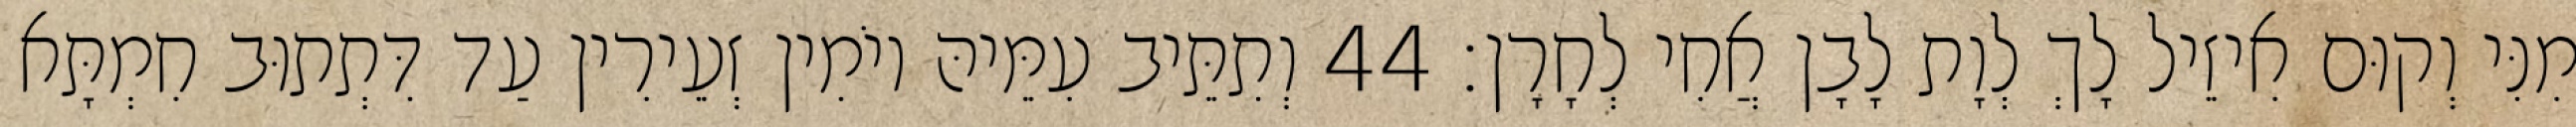
מִנִּי וְקוּם אִיזֵיל לָךְ לְוָת לָבָן אֲחִי לְחָרָן׃ 44 וְתִתֵּיב עִמֵּיהּ יוֹמִין זְעֵירִין עַד דִּתְתוּב חִמְתָּא